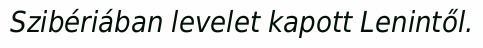
Szibériában levelet kapott Lenintől.